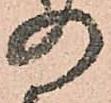
の